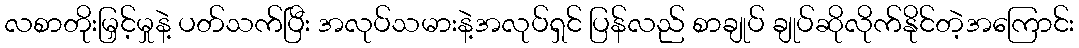
လစာတိုးမြှင့်မှုနဲ့ ပတ်သက်ပြီး အလုပ်သမားနဲ့အလုပ်ရှင် ပြန်လည် စာချုပ် ချုပ်ဆိုလိုက်နိုင်တဲ့အကြောင်း